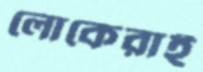
লোকেরাই